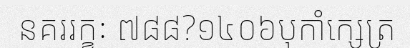
នគររក្ខៈ ៧៨៨?១៤០៦បុកាំក្សេត្រ